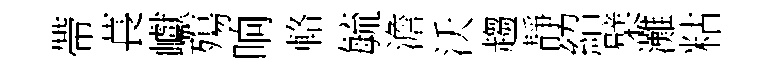
帶萇巘殤晌輅毓澹沃趨靜紹檗灘䊀